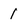
Character: 1